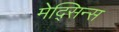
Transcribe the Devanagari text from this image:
मेद्सिन्स